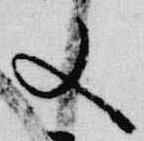
又